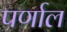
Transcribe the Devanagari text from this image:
पर्णाल